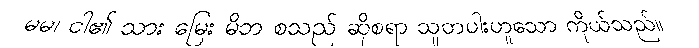
မမ၊ ငါ၏ သား မြေး မိဘ စသည် ဆိုစရာ သူတပါးဟူသော ကိုယ်သည်။